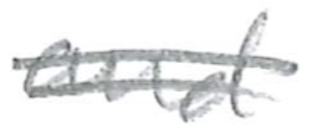
Text: teak
Cross-out: double-line
Writing tool: pencil